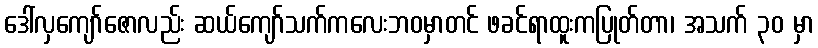
ဒေါ်လှကျော်ဇောလည်း ဆယ်ကျော်သက်ကလေးဘဝမှာတင် ဖခင်ရာထူးကပြုတ်တာ၊ အသက် ၃၀ မှာ